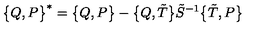
\bigl \{ Q , P \bigr \} ^ { \ast } = \bigl \{ Q , P \bigr \} - \bigl \{ Q , \tilde { T } \bigr \} \tilde { S } ^ { - 1 } \bigl \{ \tilde { T } , P \bigr \}